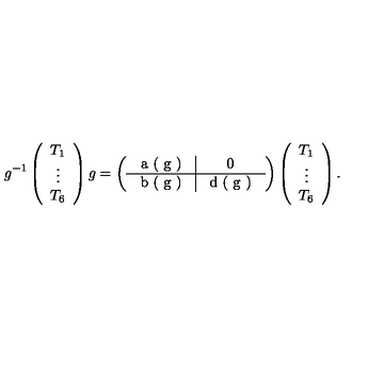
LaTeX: g ^ { - 1 } \left( \begin{array} { c } { T _ { 1 } } \\ { \vdots } \\ { T _ { 6 } } \\ \end{array} \right) g = \left( \begin{tabular} { c | c } { a ( g ) } & { 0 } \\ \hline { b ( g ) } & { d ( g ) } \\ \end{tabular} \right) \left( \begin{array} { c } { T _ { 1 } } \\ { \vdots } \\ { T _ { 6 } } \\ \end{array} \right) .